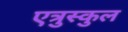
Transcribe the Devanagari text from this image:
एत्रुस्कुल